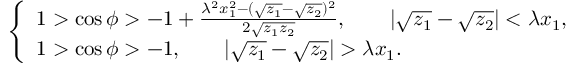
\left\{ \begin{array} { l } { { 1 > \cos \phi > - 1 + \frac { \lambda ^ { 2 } x _ { 1 } ^ { 2 } - ( \sqrt { z _ { 1 } } - \sqrt { z _ { 2 } } ) ^ { 2 } } { 2 \sqrt { z _ { 1 } z _ { 2 } } } , \qquad | \sqrt { z _ { 1 } } - \sqrt { z _ { 2 } } | < \lambda x _ { 1 } , } } \\ { { 1 > \cos \phi > - 1 , \qquad | \sqrt { z _ { 1 } } - \sqrt { z _ { 2 } } | > \lambda x _ { 1 } . } } \end{array} \right.